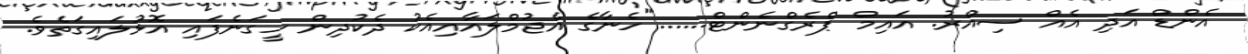
އެންޑް އަދި އެއް ސިއްރު. އައިމް ޕްރެގްނެންޓް......"ހެނާގެ އެޖުމްލައާއިއެކު ދެކުދިން ހީގަނެފައި އޮޅުލައިގަތެވެ.